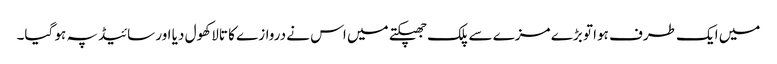
میں ایک طرف ہوا تو بڑے مزے سے پلک جھپکتے میں اس نے دروازے کا تالا کھول دیا اور سائیڈ پہ ہو گیا۔